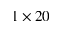
1 \times 2 0